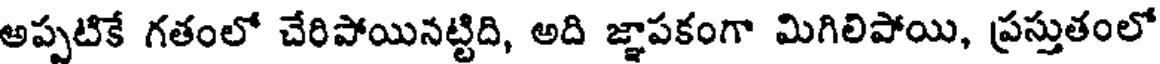
అప్పటికే గతంలో చేరిపోయినట్టిది, అది జ్ఞాపకంగా మిగిలిపోయి, ప్రస్తుతంలో